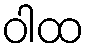
ဝါထ